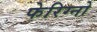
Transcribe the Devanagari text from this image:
फेरिग्नो